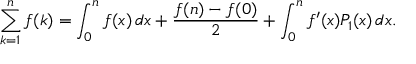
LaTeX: \sum _ { k = 1 } ^ { n } f ( k ) = \int _ { 0 } ^ { n } f ( x ) \, d x + { \frac { f ( n ) - f ( 0 ) } { 2 } } + \int _ { 0 } ^ { n } f ^ { \prime } ( x ) P _ { 1 } ( x ) \, d x .